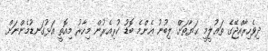
ދިވެހިރާއްޖޭގެ ތަޢުލީމީ ޙަޔާތަށް ލިބުނު އެންމެ ބޮޑު ކުރިއެރުން މިހާރު މިއޮތީ އަޅުގަނޑުމެންނަށް